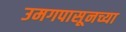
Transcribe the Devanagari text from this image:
उमगपासूनच्या